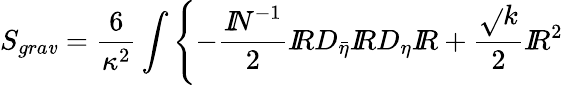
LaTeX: S_{gra\mathit{v}}=\frac{{6}}{{\kappa^{2}}}\int\left\{ -\frac{{{I\! \! N}^{-1}}}{{2}}{I\! \! R}D_{\bar{{\eta}}}{I\! \! R}D_{\eta}{I\! \! R}+\frac{{\sqrt{}{{k}}}}{{2}}{I\! \! R}^{2}\right.